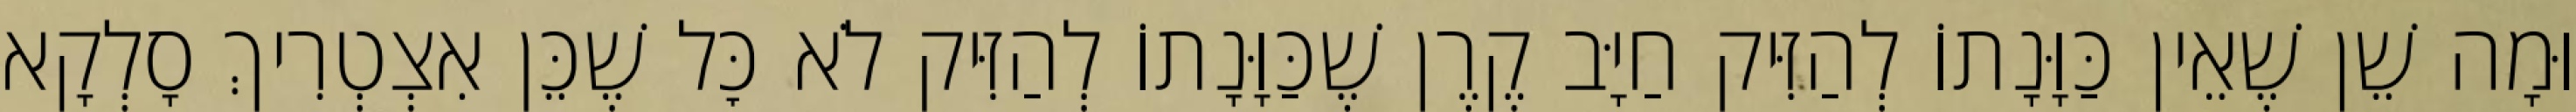
וּמָה שֵׁן שֶׁאֵין כַּוָּנָתוֹ לְהַזִּיק חַיָּב קֶרֶן שֶׁכַּוָּנָתוֹ לְהַזִּיק לֹא כׇּל שֶׁכֵּן אִצְטְרִיךְ סָלְקָא